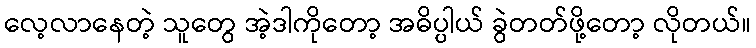
လေ့လာနေတဲ့ သူတွေ အဲ့ဒါကိုတော့ အဓိပ္ပါယ် ခွဲတတ်ဖို့တော့ လိုတယ်။